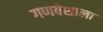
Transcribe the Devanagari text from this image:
गणवेशाला